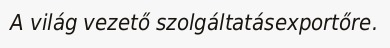
A világ vezető szolgáltatásexportőre.